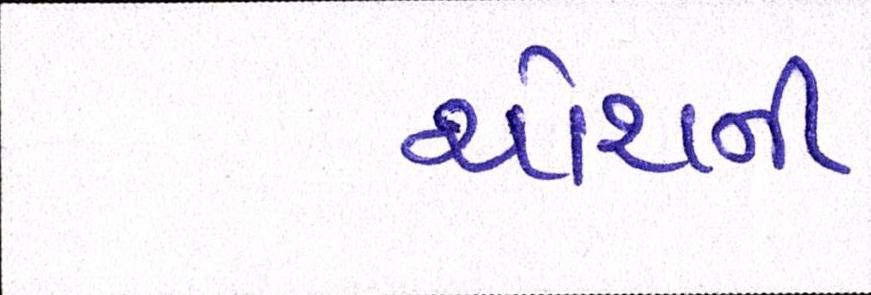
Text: ચોથની